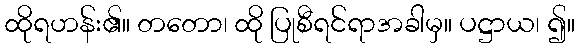
ထိုရဟန်း၏။ တတော၊ ထို ပြုစီရင်ရာအခါမှ။ ပဋ္ဌာယ၊ ၍။